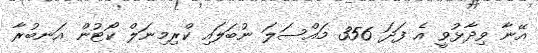
އޭނާ ވިދާޅުވީ އެ ފަދަ 356 މައްސަލަ ނުބަލައި ކްރިމިނަލް ކޯޓުން އަނބުރާ